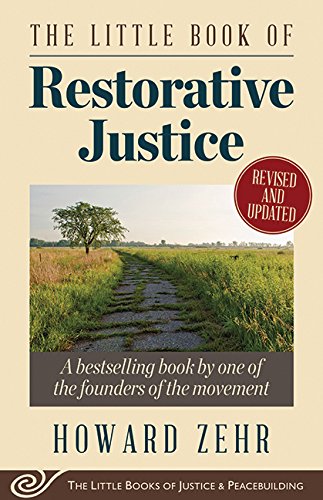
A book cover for The Little Book of Restorative Justice: Revised and Updated (Justice and Peacebuilding); Howard Zehr; Law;